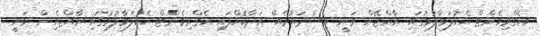
އެގްރިމެންޓް އެކުލަވާލުމުގައި ރާއްޖޭން ވަނީ އިސްދައުރެއް އަދާކޮށްފައި އެގްރިމެންޓް އެކުލަވާލުމުގައި ރާއްޖެއިން ވަނީ